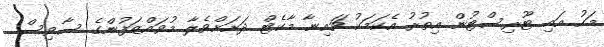
މަހު އައި ޓޫރިސްޓުން އިތުރު އެކަމަކު ޗައިނާ މާކެޓް ދަށަށްވެލާ މުވައްޒަފުންގެ ސާވިސް